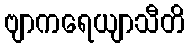
ဗျာကရေယျာသီတိ